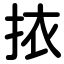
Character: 挔